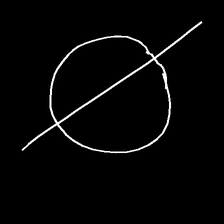
Glyph: orb